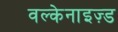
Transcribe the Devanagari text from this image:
वल्केनाइज़्ड